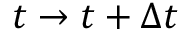
t \to { t + \Delta { t } }